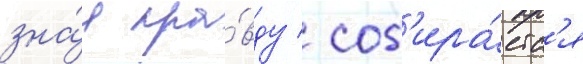
зна́я пра́вду / соб'ира́етс'я